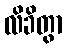
လိခိတွာ